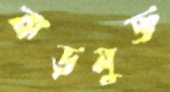
ঝড়মুক্ত